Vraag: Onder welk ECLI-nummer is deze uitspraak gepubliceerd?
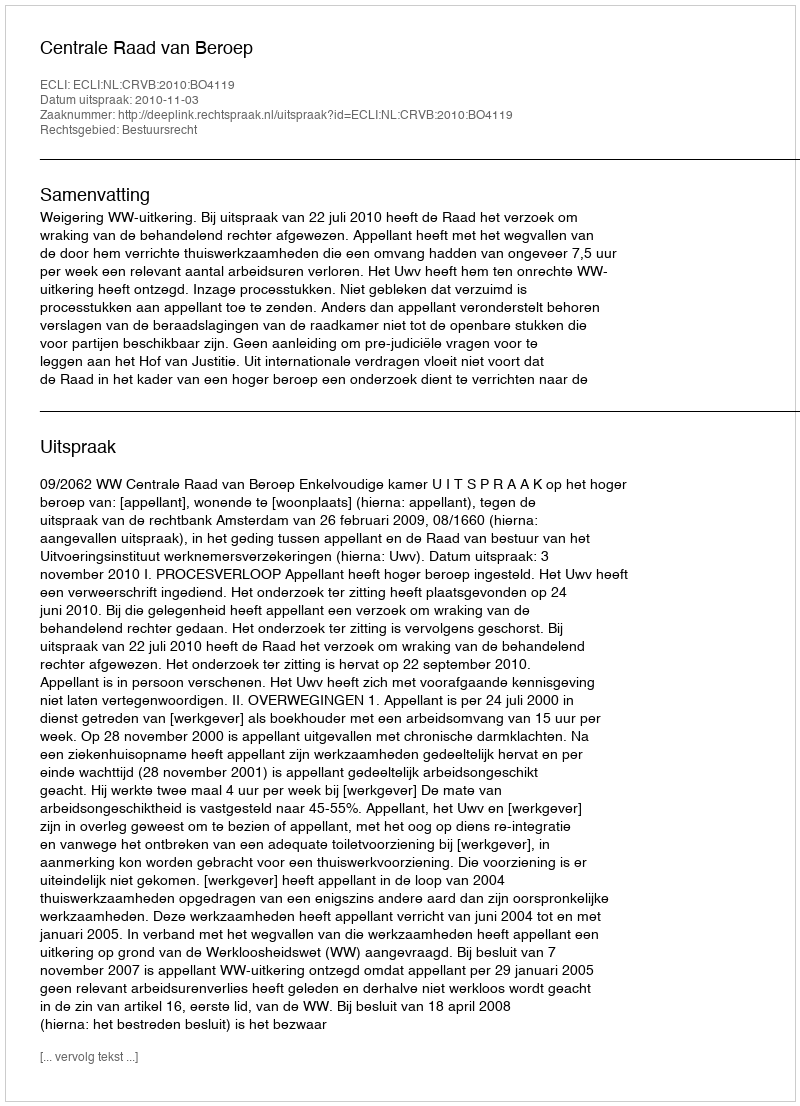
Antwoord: ECLI:NL:CRVB:2010:BO4119